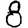
Digit: 8